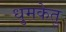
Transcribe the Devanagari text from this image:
धुमकेतु